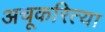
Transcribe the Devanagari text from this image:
अचूकरित्या